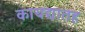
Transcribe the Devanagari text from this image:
कायद्यातह